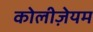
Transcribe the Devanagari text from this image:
कोलीज़ेयम